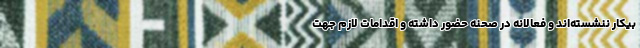
بیکار ننشسته‌اند و فعالانه در صحنه حضور داشته و اقدامات لازم جهت